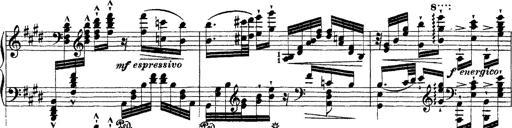
Title: Ã‰tudes d'exÃ©cution transcendante d'aprÃ¨s Paganini
Composer: Franz Liszt